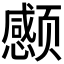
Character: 𲋃